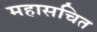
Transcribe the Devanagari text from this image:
महासचित